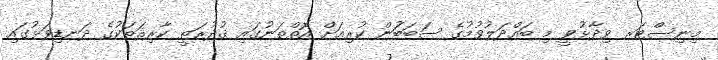
މިނިސްޓަރ ވިދާޅުވީ މި ބައްދަލުވުމުގެ ސަބަބަުން ކުރިއަށް އޮތްތަނުގައި ޤުދުރަތީ ކާރިޘަތަކުގެ ދަނޑިވަޅުގައި